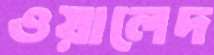
ওয়ালেদ